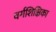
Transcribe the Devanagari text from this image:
वर्गशिक्षिका